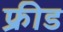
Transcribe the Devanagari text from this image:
फ्रीड